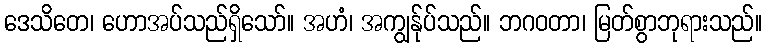
ဒေသိတေ၊ ဟောအပ်သည်ရှိသော်။ အဟံ၊ အကျွန်ုပ်သည်။ ဘဂဝတာ၊ မြတ်စွာဘုရားသည်။